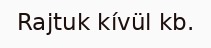
Rajtuk kívül kb.